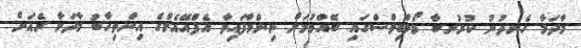
މާދަމާ ހެނދުނު ކުރުނބާ މޯލްޑިވްސްގައި ބޭއްވުމަށް ނިންމާފައިވާ އެފްއޭއެމްގެ އިންތިހާބު މާދަމާ ރެއަށް